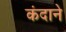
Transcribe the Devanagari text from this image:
कंदाने